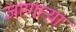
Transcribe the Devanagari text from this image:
जाणार्‍य़ा